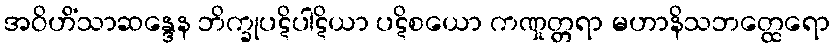
အဝိဟိံသာဆန္ဒေန ဘိက္ခုပဋိပါဋိယာ ပဋိစယော ကဏှုတ္တရာ မဟာနိသဘတ္ထေရော